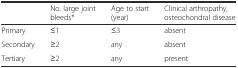
<table><thead><tr><td></td><td><b>No. large joint bleeds*</b></td><td><b>Age to start (year)</b></td><td><b>Clinical arthropathy, osteochondral disease</b></td></tr></thead><tbody><tr><td>Primary</td><td>≤1</td><td>≤3</td><td>absent</td></tr><tr><td>Secondary</td><td>≥2</td><td>any</td><td>absent</td></tr><tr><td>Tertiary</td><td>≥2</td><td>any</td><td>present</td></tr></tbody></table>